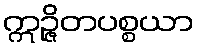
ဣဉ္ဇိတပစ္စယာ